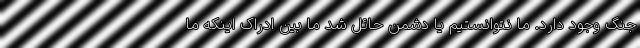
جنگ وجود دارد. ما نتوانستیم یا دشمن حائل شد ما بین ادراک اینکه ما